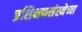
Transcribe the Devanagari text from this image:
प्रशिक्षणसंस्थेच्या